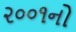
૨૦૦૧નો